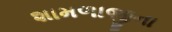
શામળાજીના